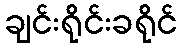
ချင်းရိုင်းခရိုင်